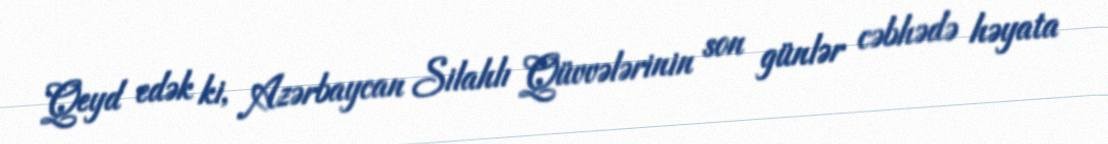
Qeyd edək ki, Azərbaycan Silahlı Qüvvələrinin son günlər cəbhədə həyata